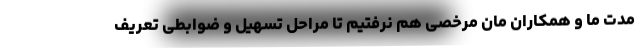
مدت ما و همکاران مان مرخصی هم نرفتیم تا مراحل تسهیل و ضوابطی تعریف